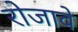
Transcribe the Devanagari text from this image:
रोजावे